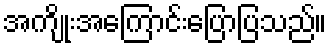
အကျိုးအကြောင်းပြောပြသည်။